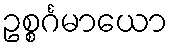
ဥစ္စင်္ဂမာယော